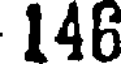
146